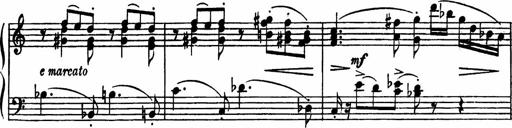
Title: Sonatilla
Composer: Mortimer Wilson
Key: C major